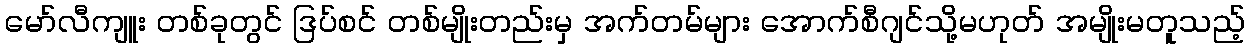
မော်လီကျူး တစ်ခုတွင် ဒြပ်စင် တစ်မျိုးတည်းမှ အက်တမ်များ အောက်စီဂျင်သို့မဟုတ် အမျိုးမတူသည့်